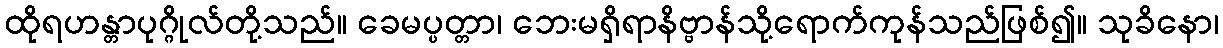
ထိုရဟန္တာပုဂ္ဂိုလ်တို့သည်။ ခေမပ္ပတ္တာ၊ ဘေးမရှိရာနိဗ္ဗာန်သို့ရောက်ကုန်သည်ဖြစ်၍။ သုခိနော၊